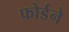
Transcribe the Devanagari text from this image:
फोर्डने